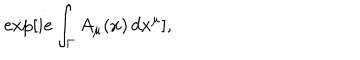
\exp [ i e \int _ { \Gamma } A _ { \mu } ( x ) \, d x ^ { \mu } ] ,